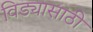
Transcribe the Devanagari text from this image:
विड्यासाठी